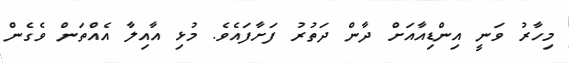
މިހާރު ވަނީ އިންޑިއާއަށް ދާން ދަތުރު ފަށާފައެވެ. މުޅި އާއިލާ އެއްތަން ވެގެން